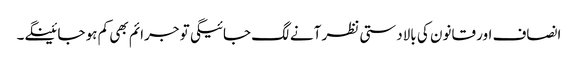
انصاف اور قانون کی بالادستی نظر آنے لگ جائیگی تو جرائم بھی کم ہو جائینگے۔